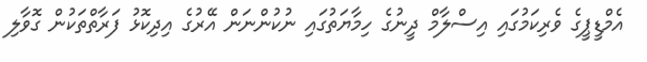
އެމްޑީޕީގެ ވެރިކަމުގައި އިސްލާމް ދީނުގެ ހިމާޔަތުގައި ނުކުންނަން އޭރުގެ އިދިކޮޅު ފަރާތްތަކުން ގޮވާލި